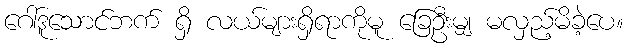
ဂေါ်ဒူသောင်ဘက် ရှိ လယ်များရှိရာကိုမူ ခြေဦးမျှ မလှည့်မိခဲ့ပေ။